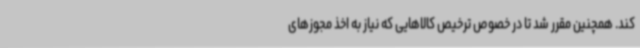
کند. همچنین مقرر شد تا در خصوص ترخیص کالاهایی که نیاز به اخذ مجوزهای